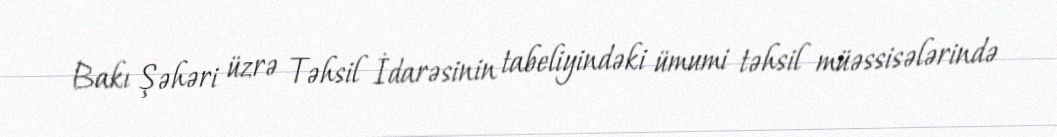
Bakı Şəhəri üzrə Təhsil İdarəsinin tabeliyindəki ümumi təhsil müəssisələrində